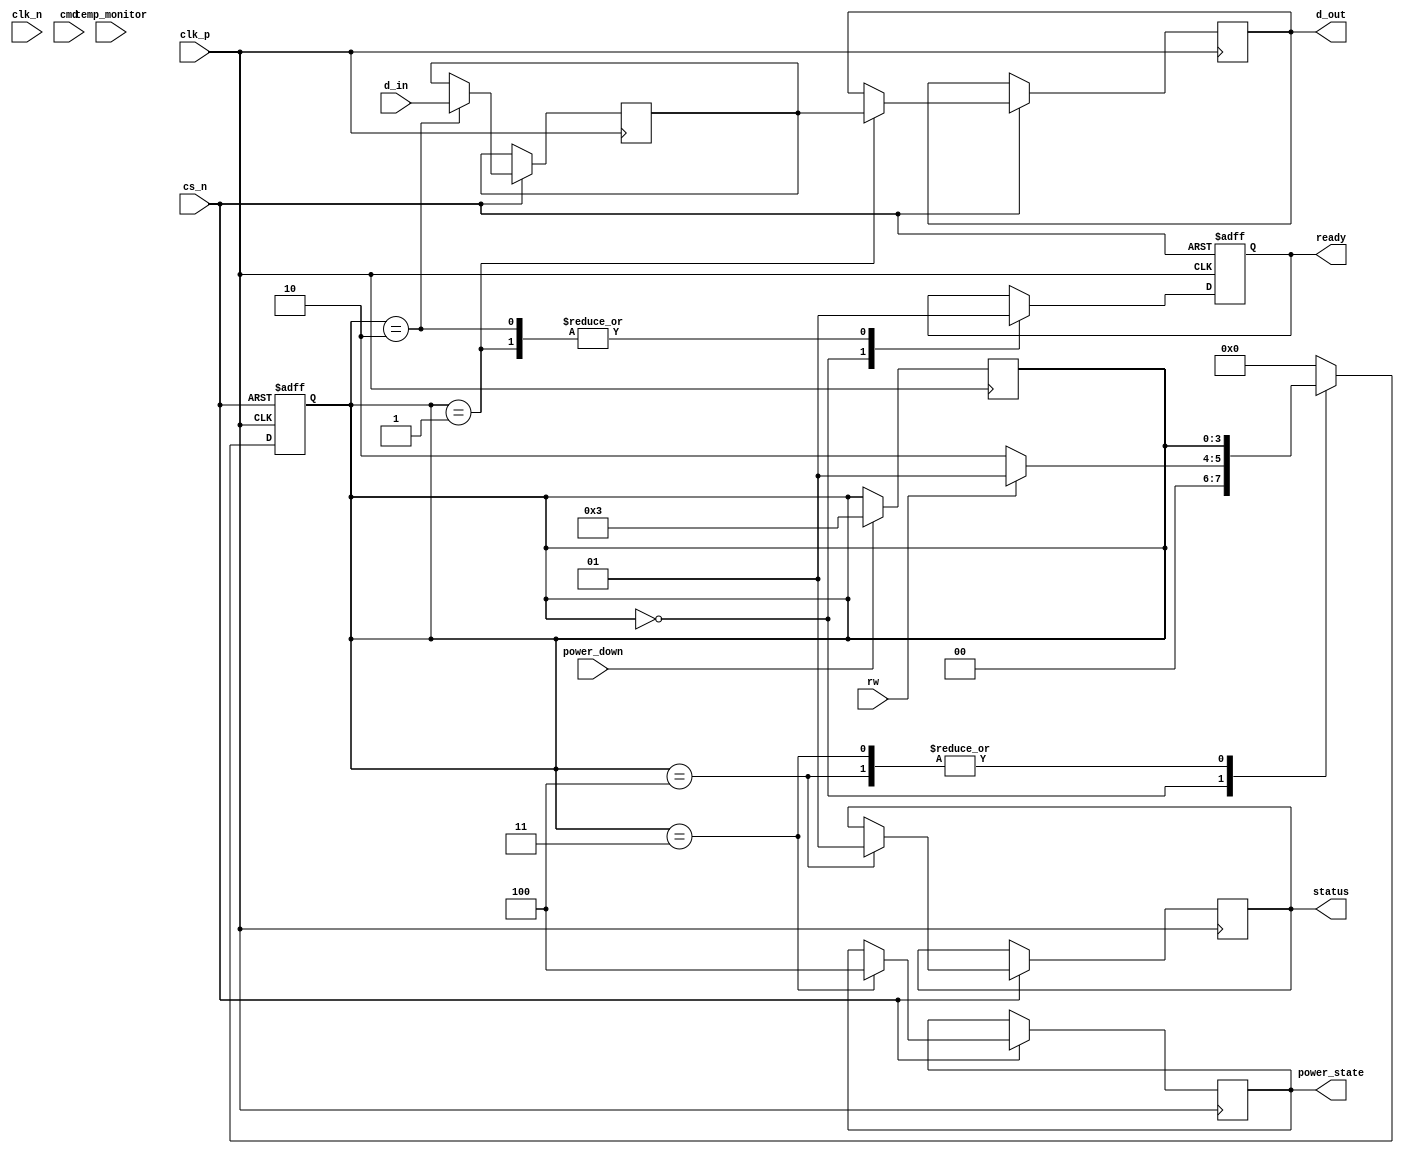
module lpddr5_io_block #(
    parameter DATA_WIDTH = 16, // Can be configured to x4, x8, x16
    parameter CLOCK_FREQ = 6400 // Data rate in MT/s
)(
    // Inputs
    input wire clk_p,                  // Positive clock signal
    input wire clk_n,                  // Negative clock signal
    input wire [DATA_WIDTH-1:0] d_in,  // Bidirectional data input
    input wire cs_n,                   // Chip select, active low
    input wire rw,                     // Read/Write control signal
    input wire [7:0] cmd,              // Command signals
    input wire temp_monitor,           // Temperature monitor input

    // Outputs
    output reg [DATA_WIDTH-1:0] d_out, // Bidirectional data output
    output reg ready,                  // Ready status
    output reg [1:0] status,           // Status signal for errors, etc.

    // Power management
    input wire power_down,             // Power down signal
    output reg [2:0] power_state       // Indication of power state
);

    // Internal signals
    reg [DATA_WIDTH-1:0] data_buffer;  // Temporary data buffer
    reg [3:0] state;                   // State machine signal

    localparam IDLE      = 4'b0000;
    localparam READ      = 4'b0001;
    localparam WRITE     = 4'b0010;
    localparam POWER_DOWN = 4'b0011;
    localparam ERROR     = 4'b0100;

    // Process incoming commands and control signals
    always @(posedge clk_p or negedge cs_n) begin
        if (!cs_n) begin
            state <= IDLE; // Reset on chip select deassertion
            ready <= 1'b1;
        end else begin
            case (state)
                IDLE: begin
                    if (rw) begin
                        state <= READ; // Transition to READ state
                    end else begin
                        state <= WRITE; // Transition to WRITE state
                    end
                    ready <= 1'b0; // Not ready until operation completes
                end

                READ: begin
                    d_out <= data_buffer; // Output data
                    ready <= 1'b1; // Signal ready after read
                    state <= IDLE; // Transition back to IDLE
                end

                WRITE: begin
                    data_buffer <= d_in; // Store input data in buffer
                    ready <= 1'b1; // Signal ready after write
                    state <= IDLE; // Transition back to IDLE
                end

                POWER_DOWN: begin
                    power_state <= 3'b100; // Set power state to power down
                end

                ERROR: begin
                    status <= 2'b01; // An error occurred
                end

                default: state <= IDLE; // Default to IDLE
            endcase
        end
    end

    // Handle power management
    always @(posedge clk_p) begin
        if (power_down) begin
            state <= POWER_DOWN; // Transition to power down state
        end
    end

    // Temperature monitoring and thermal management
    always @(posedge clk_p) begin
        // Implement your thermal management logic here
        // e.g., adjust voltage/frequency based on temperature
    end

    // Additional logic can be added here for ECC, BIST, etc.
    // Further detailed error checking and signal integrity mechanisms are also required.

endmodule